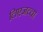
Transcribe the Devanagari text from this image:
लिएजच्चा